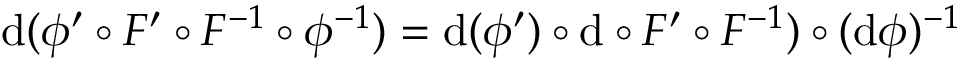
\mathrm { d } ( \phi ^ { \prime } \circ F ^ { \prime } \circ F ^ { - 1 } \circ \phi ^ { - 1 } ) = \mathrm { d } ( \phi ^ { \prime } ) \circ \mathrm { d } \circ F ^ { \prime } \circ F ^ { - 1 } ) \circ ( \mathrm { d } \phi ) ^ { - 1 }